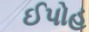
ઈપોહ